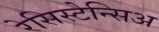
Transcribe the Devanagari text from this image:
रेसिस्टेन्सिअ